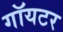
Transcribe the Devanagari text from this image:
गॉयटर